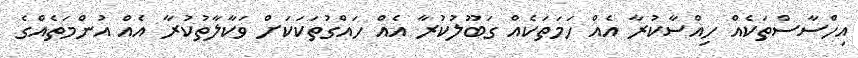
އިހްސާސްތަކެއް ހިއްސާކުރާ އެއް ހަމަތަކެއް ގަބޫލުކުރާ އެއް ހައްގުތަކަކަށް ވަކާލާތުކުރާ އެއް އުންމަތެއްގެ